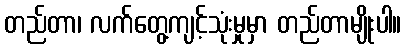
တည်တာ၊ လက်တွေ့ကျင့်သုံးမှုမှာ တည်တာမျိုးပါ။